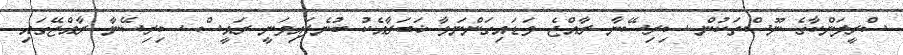
ސްރީލަންކާގެ ނޫސްތަކުން ސިރިސޭނާ ރާއްޖެ ވަޑައިގަންނަވާ ޚަބަރާއެކު ބުނެފައިވަނީ ރައީސް ސިރިސޭނާ ރާއްޖޭގައި